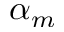
\alpha _ { m }